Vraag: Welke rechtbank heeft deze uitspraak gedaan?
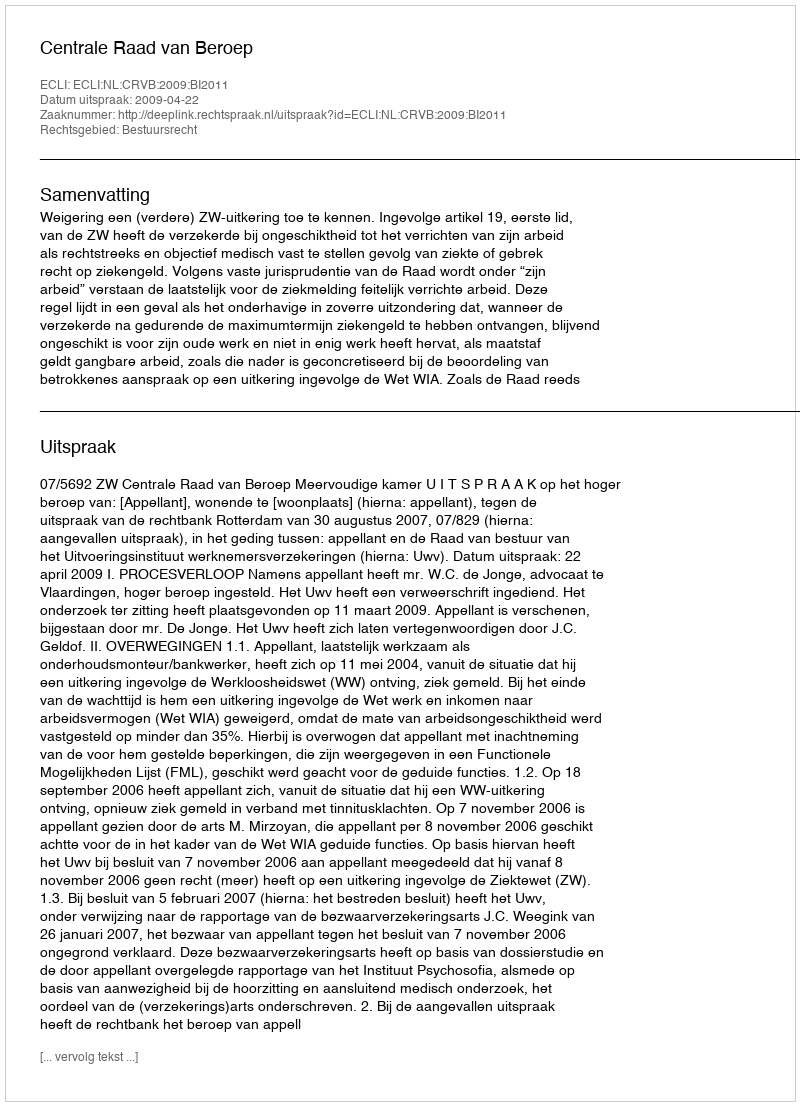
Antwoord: Centrale Raad van Beroep